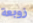
زوبعة